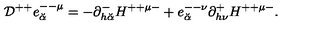
{ \cal D } ^ { + + } e _ { \breve { \alpha } } ^ { -- \mu } = - \partial _ { h { \breve { \alpha } } } ^ { - } H ^ { + + \mu - } + e _ { \breve { \alpha } } ^ { -- \nu } \partial _ { h \nu } ^ { + } H ^ { + + \mu - } .